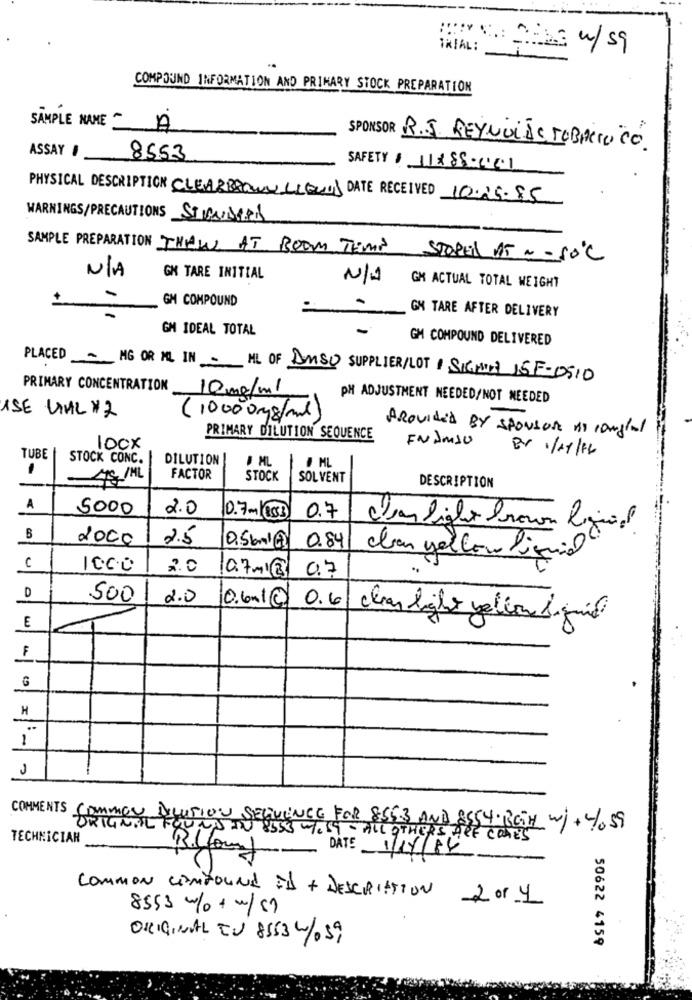
TRIAL:
:22 w/59
COMPOUND INFORMATION AND PRIMARY STOCK PREPARATION
SAMPLE NANE A
SPONSOR R.J. REYNOLDS TOBACCOiCÓ
ASSAY #
8553
SAFETY # 11×88-201
PHYSICAL DESCRIPTION CLEARBROWN LIQUID DATE RECEIVED 10.25-85
WARNINGS/PRECAUTIONS STANDARD
SAMPLE PREPARATION THAW AT ROOM TEMP
STOPEL AT ~ - 50℃
GH TARE INITIAL
GM ACTUAL TOTAL WEIGHT
GM COMPOUND
GN TARE AFTER DELIVERY
GM IDEAL TOTAL
GM COMPOUND DELIVERED
PLACED~ MG OR NL IN- HL OF DMSO SUPPLIER/LOT SIGN 15F-0510
PRIMARY CONCENTRATION
10 mg/ml
PH ADJUSTMENT NEEDED/NOT NEEDED
ISE LIML #2
(10000mg/ml)
PROVIDED BY SPONSOR Is ranglal
PRIMARY DILUTION SEQUENCE
100x
IN IMSU
BY 1/11/16
TUBE
STOCK CONC.
DILUTION
0 ML
ML
75 /ML
FACTOR
STOCK
SOL VENT
DESCRIPTION
A
5000
2.0
0.7m/853
0.7
cias Siglo borocon logical.
2000
2.5
0.84
clar yellow liquid
C
1000
2.0
07-12
07
D
500
2.0
0.6.1 0 0.6
E
chas light yellow diguil
F
H
..
1
J
COMMENTS
ORIGINTIL
COMMON DILUTION SEGVIENCE FOR 855.3 AND 8554. (BOTH w/+ 4.59
TECHNICIAN
8555 wtest -ALL OTHERS ARE COMES
DATE
Bilfound
COMMON CANYOUNd ED + DESCRIPTION 2 or 4
8553 w/+w/57
ORIGINAL EU 8553 4/059
50622 4159